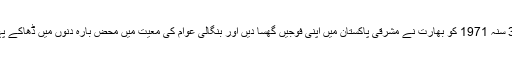
دسمبر 3 سنہ 1971 کو بھارت نے مشرقی پاکستان میں اپنی فوجیں گھسا دیں اور بنگالی عوام کی معیت میں محض بارہ دنوں میں ڈھاکے پہنچ گئی۔